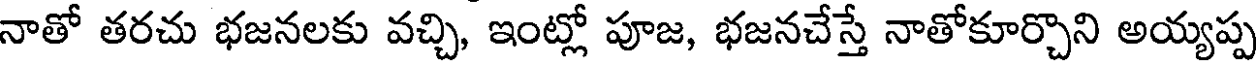
నాతో తరచు భజనలకు వచ్చి, ఇంట్లో పూజ, భజనచేస్తే నాతోకూర్చొని అయ్యప్ప